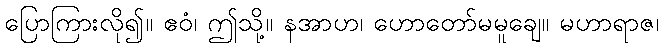
ပြောကြားလို၍။ ဧဝံ၊ ဤသို့။ နအာဟ၊ ဟောတော်မမူချေ။ မဟာရာဇ၊